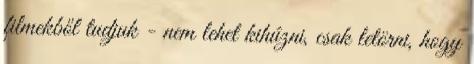
filmekből tudjuk - nem lehet kihúzni, csak letörni, hogy